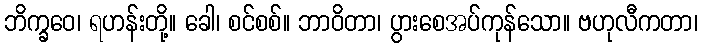
ဘိက္ခဝေ၊ ရဟန်းတို့။ ခေါ၊ စင်စစ်။ ဘာဝိတာ၊ ပွားစေအပ်ကုန်သော။ ဗဟုလီကတာ၊